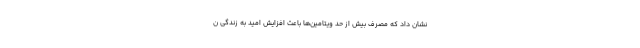
نشان داد که مصرف بیش از حد ویتامین‌ها باعث افزایش امید به زندگی ن